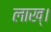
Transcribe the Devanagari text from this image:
लाख्।